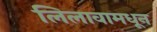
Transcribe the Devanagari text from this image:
लिलावामधून